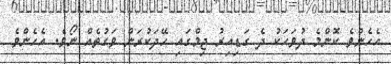
އެހެންވެ ކޮންމެ ދުވަހަކު ދެ ގަޑިއިރު ޖިމްގައި ހޭދަކުރަން ވަގުތެއް ނޯވެ. އެހެންވެ